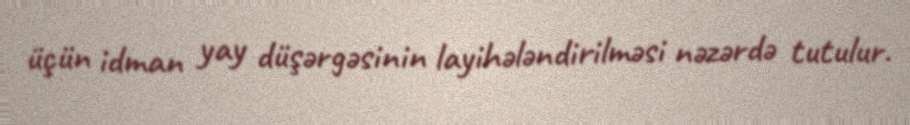
üçün idman yay düşərgəsinin layihələndirilməsi nəzərdə tutulur.